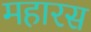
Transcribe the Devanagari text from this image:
महारस